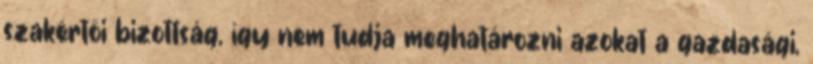
szakértői bizottság, így nem tudja meghatározni azokat a gazdasági,